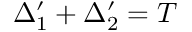
\Delta _ { 1 } ^ { \prime } + \Delta _ { 2 } ^ { \prime } = T